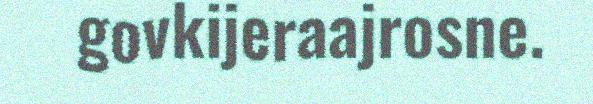
govkijeraajrosne.